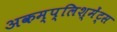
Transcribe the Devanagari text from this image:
अकम्प्लिश्मेंट्स